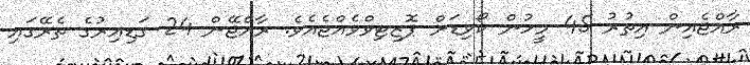
ރާއްޖެއިން އިތުރު 45 މީހުން ކޯވިޑަށް ޕޮޒިޓިވްވެއްޖެއެވެ. ރާއްޖޭން 24 ގަޑިއިރުގެ ތެރޭގައި